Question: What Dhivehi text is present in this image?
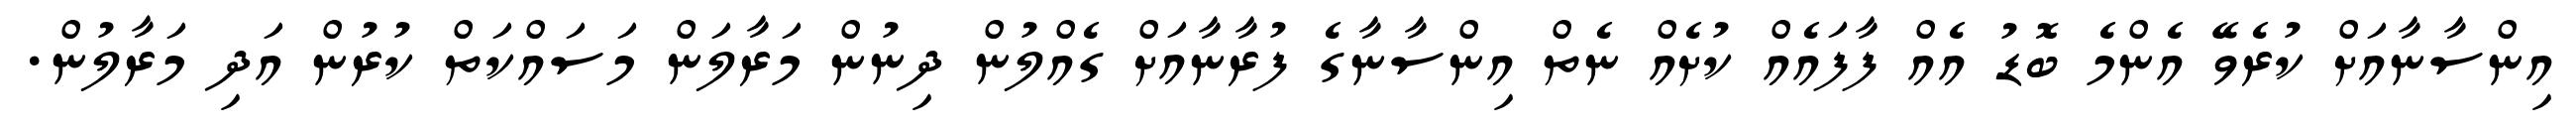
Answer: އިންސާނާއަށް ކުރެވޭ އެންމެ ބޮޑު އެއް ފާފައެއް ކުށެއް ނެތް އިންސާނާގެ ފުރާނާއަށް ގެއްލުން ދިނުން މަރާލަން މަސައްކަތް ކުރުން އަދި މަރާލުން.